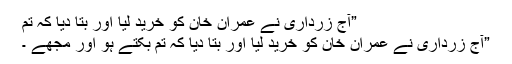
”آج زرداری نے عمران خان کو خرید لیا اور بتا دیا کہ تم
”آج زرداری نے عمران خان کو خرید لیا اور بتا دیا کہ تم بکتے ہو اور مجھے ۔